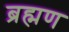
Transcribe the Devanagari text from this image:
ब्रह्मण